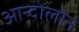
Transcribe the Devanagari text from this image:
आन्दोलोन